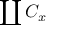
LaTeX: \coprod C _ { x }